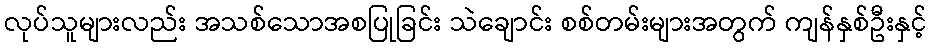
လုပ်သူများလည်း အသစ်သောအစပြုခြင်း သဲချောင်း စစ်တမ်းများအတွက် ကျန်နှစ်ဦးနှင့်